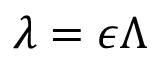
\lambda = \epsilon \Lambda